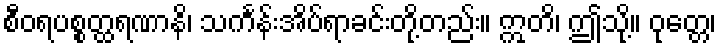
စီဝရပစ္စတ္ထရဏာနိ၊ သင်္ကန်းအိပ်ရာခင်းတို့တည်း။ ဣတိ၊ ဤသို့။ ဝုတ္တေ၊